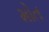
મોત